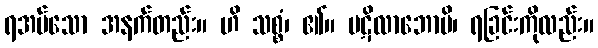
ရအပ်သော အနက်တည်း။ ဟိ သစ္စံ၊ ၏။ ပဋိလာဘောပိ၊ ရခြင်းကိုလည်း။